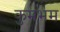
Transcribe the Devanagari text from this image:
कुमभम